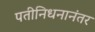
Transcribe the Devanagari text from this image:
पतीनिधनानंतर